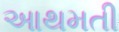
આથમતી